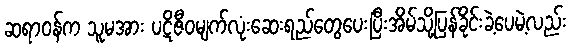
ဆရာဝန်က သူမအား ပဋိဇီဝမျက်လုံးဆေးရည်တွေပေးပြီးအိမ်သို့ပြန်ခိုင်းခဲ့ပေမဲ့လည်း